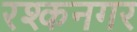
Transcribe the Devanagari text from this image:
रश्कनगर